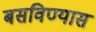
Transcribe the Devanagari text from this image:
बसविण्यास